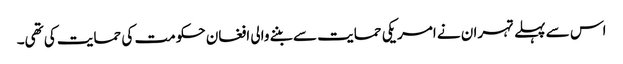
اس سے پہلے تہران نے امریکی حمایت سے بننے والی افغان حکومت کی حمایت کی تھی۔